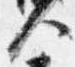
人